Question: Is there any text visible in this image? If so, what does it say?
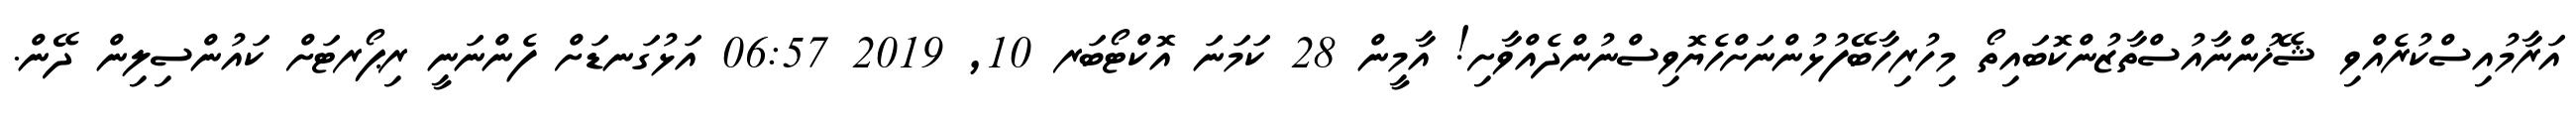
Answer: އަރާމުއިސްކުރެއްވި ޝޭޚުންނާއުސްތާޒުންކޮބައިތޯ މިހުރިހާބޭފުޅުންނަށްހެޔޮވިސްނުންދެއްވާށި! އާމީން 28 ކަމަނަ އޮކްޓޯބަރ 10, 2019 06:57 އަޅުގަނޑަށް ފެންނަނީ ރިޕޯރޓަށް ކައުންސިލިން ދޭން.